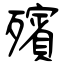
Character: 殯